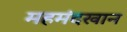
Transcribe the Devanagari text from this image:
महमंदखान